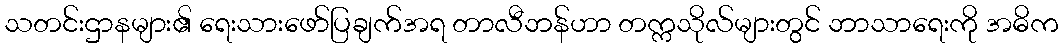
သတင်းဌာနများ၏ ရေးသားဖော်ပြချက်အရ တာလီဘန်ဟာ တက္ကသိုလ်များတွင် ဘာသာရေးကို အဓိက